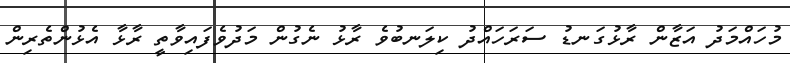
މުހައްމަދު އަޒާން ރާޅުގަނޑު ސަރަހައްދު ކިލަނބުވެ ރާޅު ނެގުން މަދުވެފައިވާތީ ރާޅާ އެޅުންތެރިން